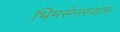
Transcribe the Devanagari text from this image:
भिमसेनस्थान